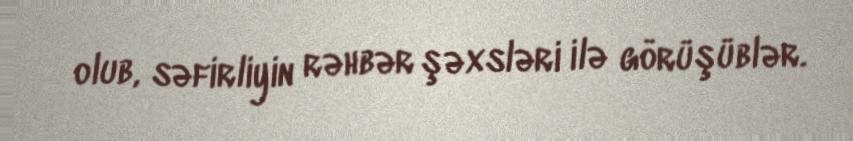
olub, səfirliyin rəhbər şəxsləri ilə görüşüblər.